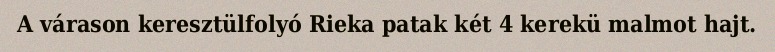
A várason keresztülfolyó Rieka patak két 4 kerekü malmot hajt.